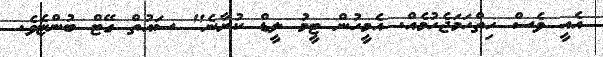
އެއީ ވެސް ހިތްހަމަޖެހުމެއް. އެމީހުން ޓީމު ލީޑް ކުރާނެ" ސައުތް ގޭޓް ބުންޏެވެ.